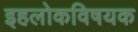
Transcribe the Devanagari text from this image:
इहलोकविषयक